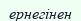
ернегінен